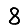
Digit: 8